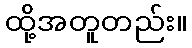
ထို့အတူတည်း။